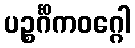
ပဉ္စင်္ဂိကဝဂ္ဂေါ